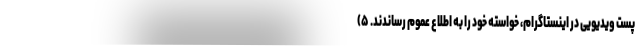
پست ویدیویی در اینستاگرام، خواسته خود را به اطلاع عموم رساندند. ۵)